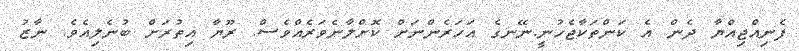
ފެނިއްޖިއްޔާ ދެން އެ ކަންތަކާޖެހުނީ.ނޭނގެ އަހަރެންނަށް ކޮށްލާނެވަރެއްވެސް. ރޫޔާ އިތުރަށް ބުނެލިއެވެ. ނާޒު